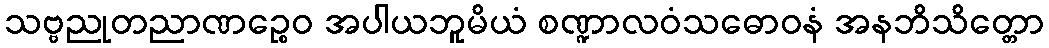
သဗ္ဗညုတညာဏဉ္စေဝ အပါယဘူမိယံ စဏ္ဍာလဝံသဓောဝနံ အနဘိသိတ္တော